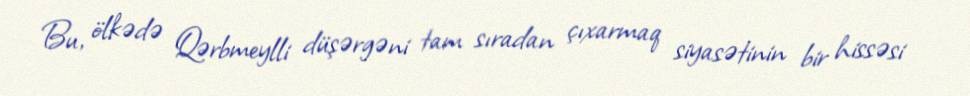
Bu, ölkədə Qərbmeylli düşərgəni tam sıradan çıxarmaq siyasətinin bir hissəsi